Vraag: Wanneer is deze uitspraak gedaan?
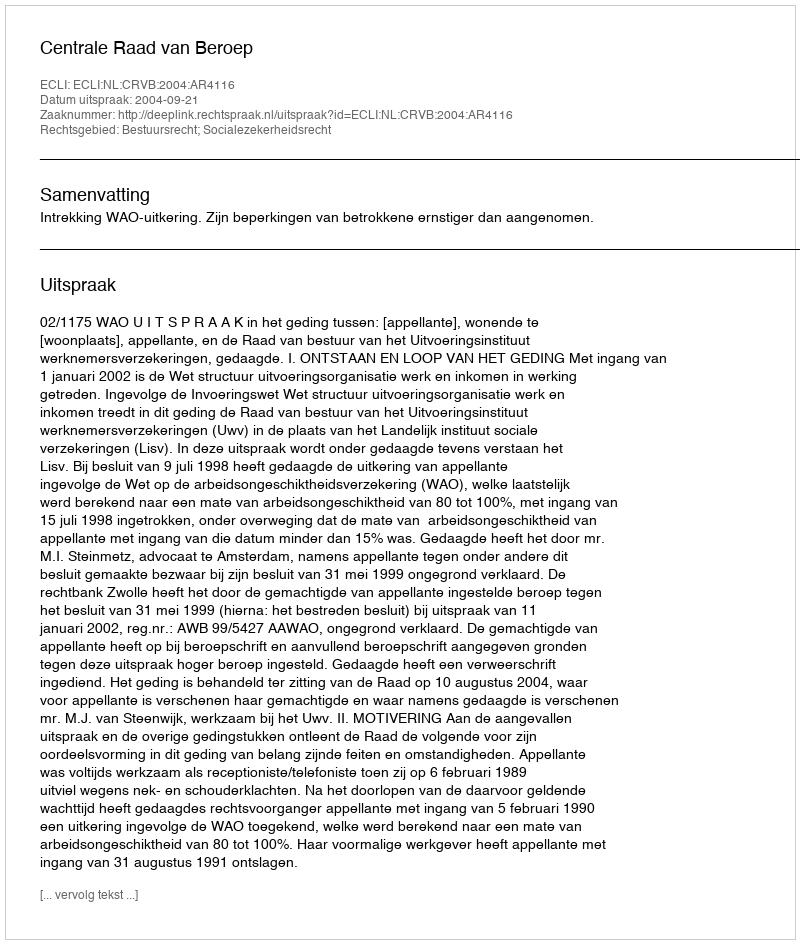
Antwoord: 2004-09-21